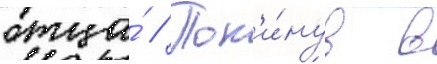
отца́ // Пок'и́нув в